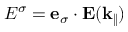
E ^ { \sigma } = \mathbf { e } _ { \sigma } \cdot \mathbf { E } ( \mathbf { k } _ { \| } )